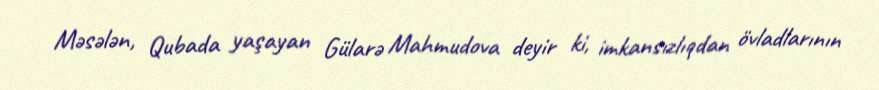
Məsələn, Qubada yaşayan Gülarə Mahmudova deyir ki, imkansızlıqdan övladlarının